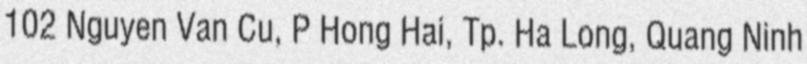
102 Nguyen Van Cu, P Hong Hai, Tp. Ha Long, Quang Ninh